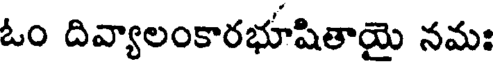
ఓం దివ్యాలంకారభూషితాయె నమః